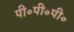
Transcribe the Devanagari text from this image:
पी॰पी॰पी॰